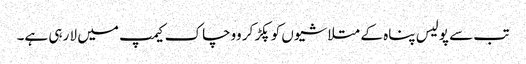
تب سے پولیس پناہ کے متلاشیوں کو پکڑ کر ووچاک کیمپ میں لا رہی ہے۔